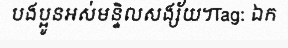
បងប្អូនអស់មន្ទិលសង្ស័យ។Tag: ឯក